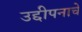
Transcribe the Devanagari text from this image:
उद्दीपनाचे